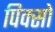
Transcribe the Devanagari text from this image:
पिक्सो